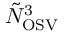
\tilde { N } _ { \mathrm { O S V } } ^ { 3 }